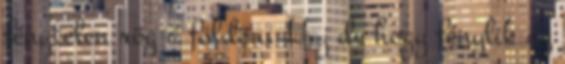
fénytelen rög a földön. Haj de hogy fénylik az